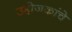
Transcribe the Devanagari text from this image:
उद्दोजकांचे